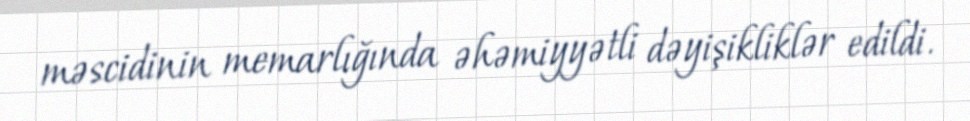
məscidinin memarlığında əhəmiyyətli dəyişikliklər edildi.